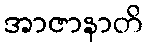
အာဇာနာတိ